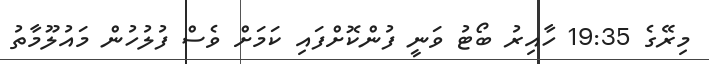
މިރޭގެ 19:35 ހާއިރު ބޯޓު ވަނީ ފުންކޮށްފައި ކަމަށް ވެސް ފުލުހުން މައުލޫމާތު